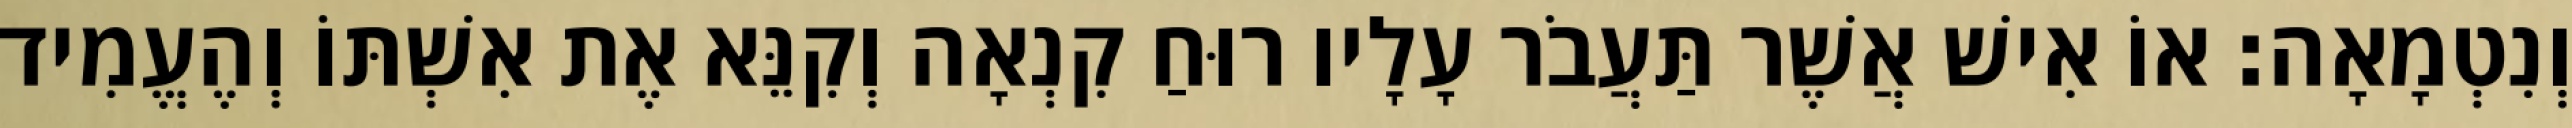
וְנִטְמָאָה׃ אוֹ אִישׁ אֲשֶׁר תַּעֲבֹר עָלָיו רוּחַ קִנְאָה וְקִנֵּא אֶת אִשְׁתּוֹ וְהֶעֱמִיד